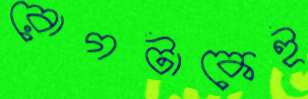
রোগটাকেই